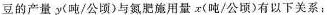
豆的产量y(吨/公顷)与氮肥施用量x(吨/公顷)有以下关系：